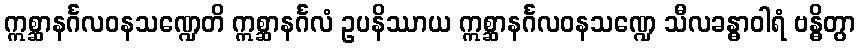
ဣစ္ဆာနင်္ဂလဝနသဏ္ဍေတိ ဣစ္ဆာနင်္ဂလံ ဥပနိဿာယ ဣစ္ဆာနင်္ဂလဝနသဏ္ဍေ သီလခန္ဓာဝါရံ ဗန္ဓိတွာ